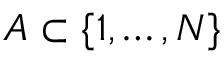
A \subset \{ 1 , \dots , N \}